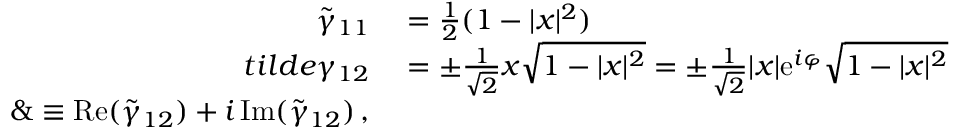
\begin{array} { r l } { \tilde { \gamma } _ { 1 1 } } & { { } = \frac { 1 } { 2 } ( 1 - | x | ^ { 2 } ) } \\ { t i l d e { \gamma } _ { 1 2 } } & { { } = \pm \frac { 1 } { \sqrt { 2 } } x \sqrt { 1 - | x | ^ { 2 } } = \pm \frac { 1 } { \sqrt { 2 } } | x | \mathrm { e } ^ { i \varphi } \sqrt { 1 - | x | ^ { 2 } } } \\ { \& \equiv \mathrm { R e } ( \tilde { \gamma } _ { 1 2 } ) + i \, \mathrm { I m } ( \tilde { \gamma } _ { 1 2 } ) \, , } \end{array}